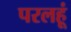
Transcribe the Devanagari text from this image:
परलहूं